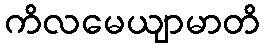
ကိလမေယျာမာတိ